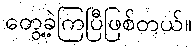
တွေ့ခဲ့ကြပြီဖြစ်တယ်။